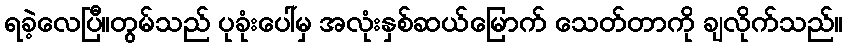
ရခဲ့လေပြီ။တွမ်သည် ပုခုံးပေါ်မှ အလုံးနှစ်ဆယ်မြောက် သေတ်တာကို ချလိုက်သည်။